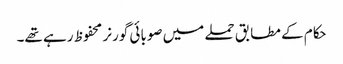
حکام کے مطابق حملے میں صوبائی گورنر محفوظ رہے تھے۔